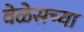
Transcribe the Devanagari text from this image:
वेळेसच्या